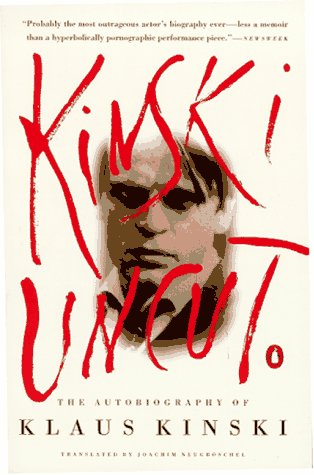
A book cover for Kinski Uncut: The Autobiography of Klaus Kinski; Klaus Kinski; Humor & Entertainment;